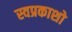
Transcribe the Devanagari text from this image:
स्वप्रकाशो